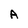
Character: A